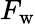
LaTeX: F_{\mathrm{w}}